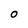
Character: O